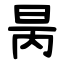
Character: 昺